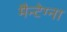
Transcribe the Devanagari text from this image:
मैन्टेग्ना